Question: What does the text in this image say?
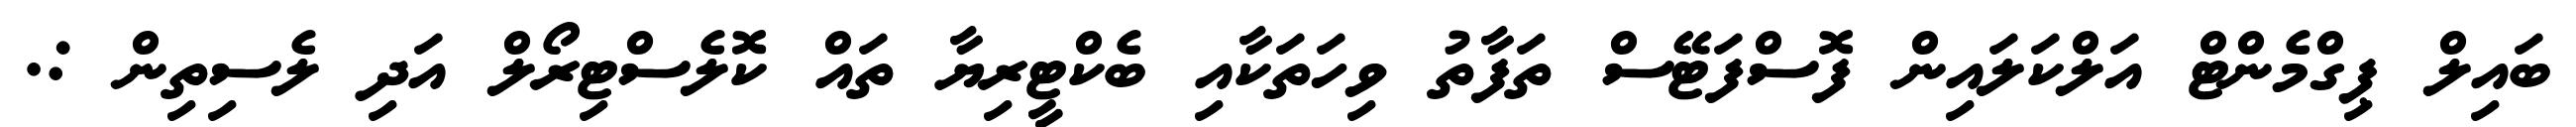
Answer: ބައިލް ޕިގްމެންޓް އަލްކަލައިން ފޮސްފަޓޭސް ތަފާތު ވިހަތަކާއި ބެކްޓީރިޔާ ތައް ކޮލެސްޓިރޯލް އަދި ލެސިތިން :.